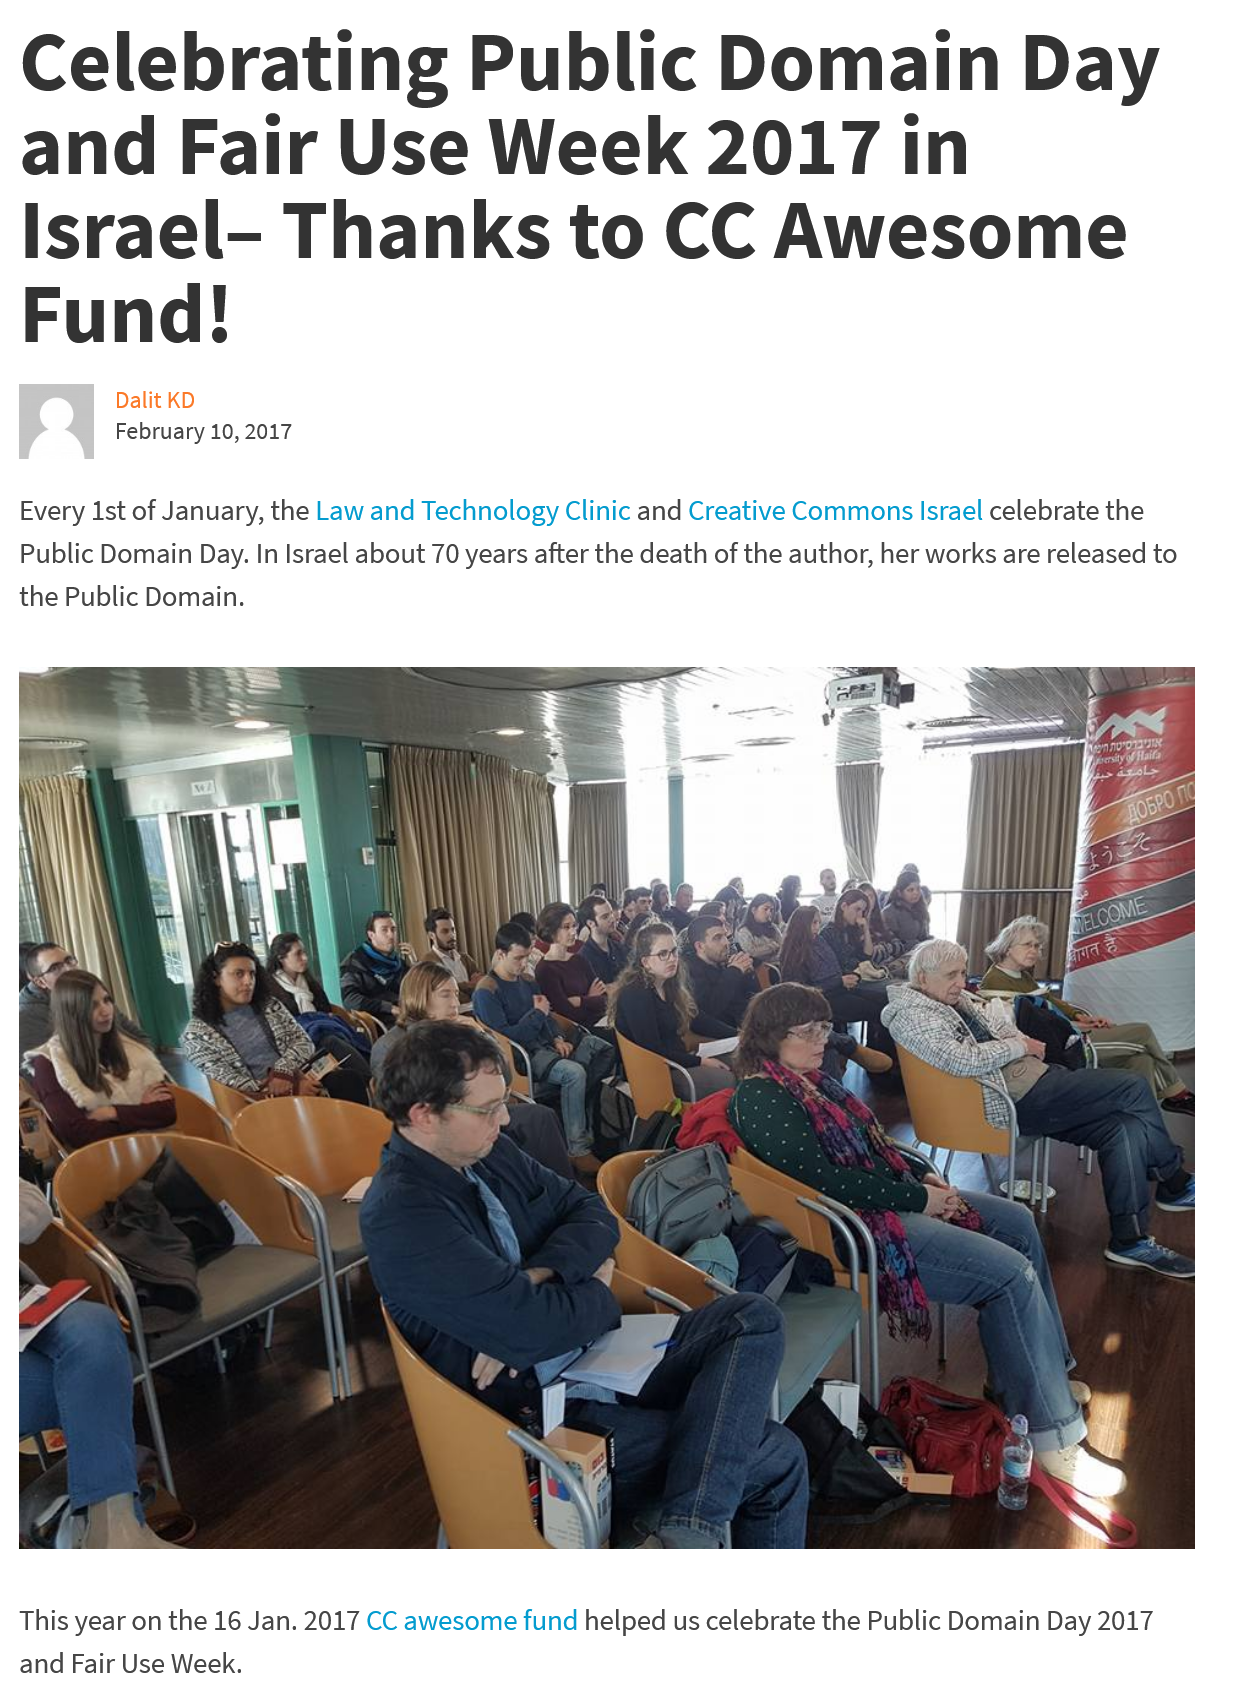
Celebrating    Public    Domain    Day
  and    Fair    Use    Week    2017    in
  Israel-    Thanks    to    CC    Awesome
  Fund!
     Dalit KD
     February 10, 2017
  This year on the 16 Jan. 2017 CC awesome fund helped us celebrate the Public Domain Day 2017
  and Fair Use Week.
  Every 1st of January, the Law and Technology Clinic and Creative Commons Israel celebrate the
  Public Domain Day. In Israel about 70 years after the death of the author, her works are released to
  the Public Domain.